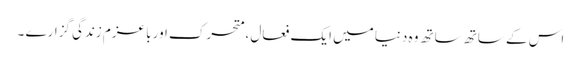
اس کے ساتھ ساتھ وہ دنیا میں ایک فعال ،متحرک اور با عزم زندگی گزارے ۔